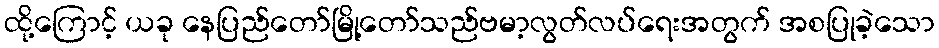
ထို့ကြောင့် ယခု နေပြည်တော်မြို့တော်သည်ဗမာ့လွတ်လပ်ရေးအတွက် အစပြုခဲ့သော